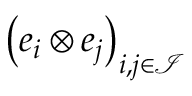
\left( \boldsymbol { e } _ { i } \otimes \boldsymbol { e } _ { j } \right) _ { i , j \in \mathcal { I } }